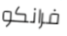
فرانكو